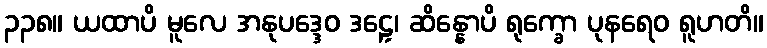
၃၃၈။ ယထာပိ မူလေ အနုပဒ္ဒေဝ ဒဠှေ၊ ဆိန္နောပိ ရုက္ခော ပုနရေဝ ရူဟတိ။